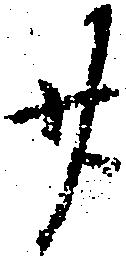
廿